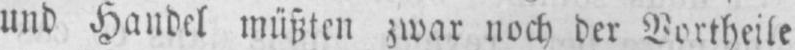
und Handel müßten zwar noch der Vortheile